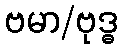
ဗမာ/ဗုဒ္ဓ